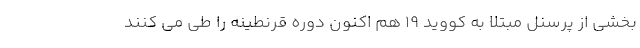
بخشی از پرسنل مبتلا به کووید ۱۹ هم اکنون دوره قرنطینه را طی می کنند